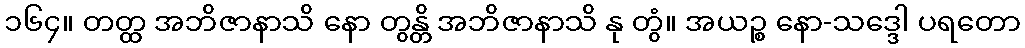
၁၆၄။ တတ္ထ အဘိဇာနာသိ နော တွန္တိ အဘိဇာနာသိ နု တွံ။ အယဉ္စ နော-သဒ္ဒေါ ပရတော